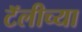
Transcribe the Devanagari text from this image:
टॅलीच्या